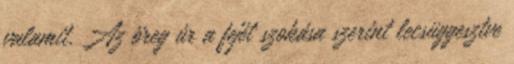
valamit. Az öreg úr a fejét szokása szerint lecsüggesztve